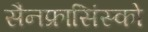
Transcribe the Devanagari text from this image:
सैनफ्रासिंस्को